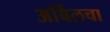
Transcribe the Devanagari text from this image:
अर्बिलचा